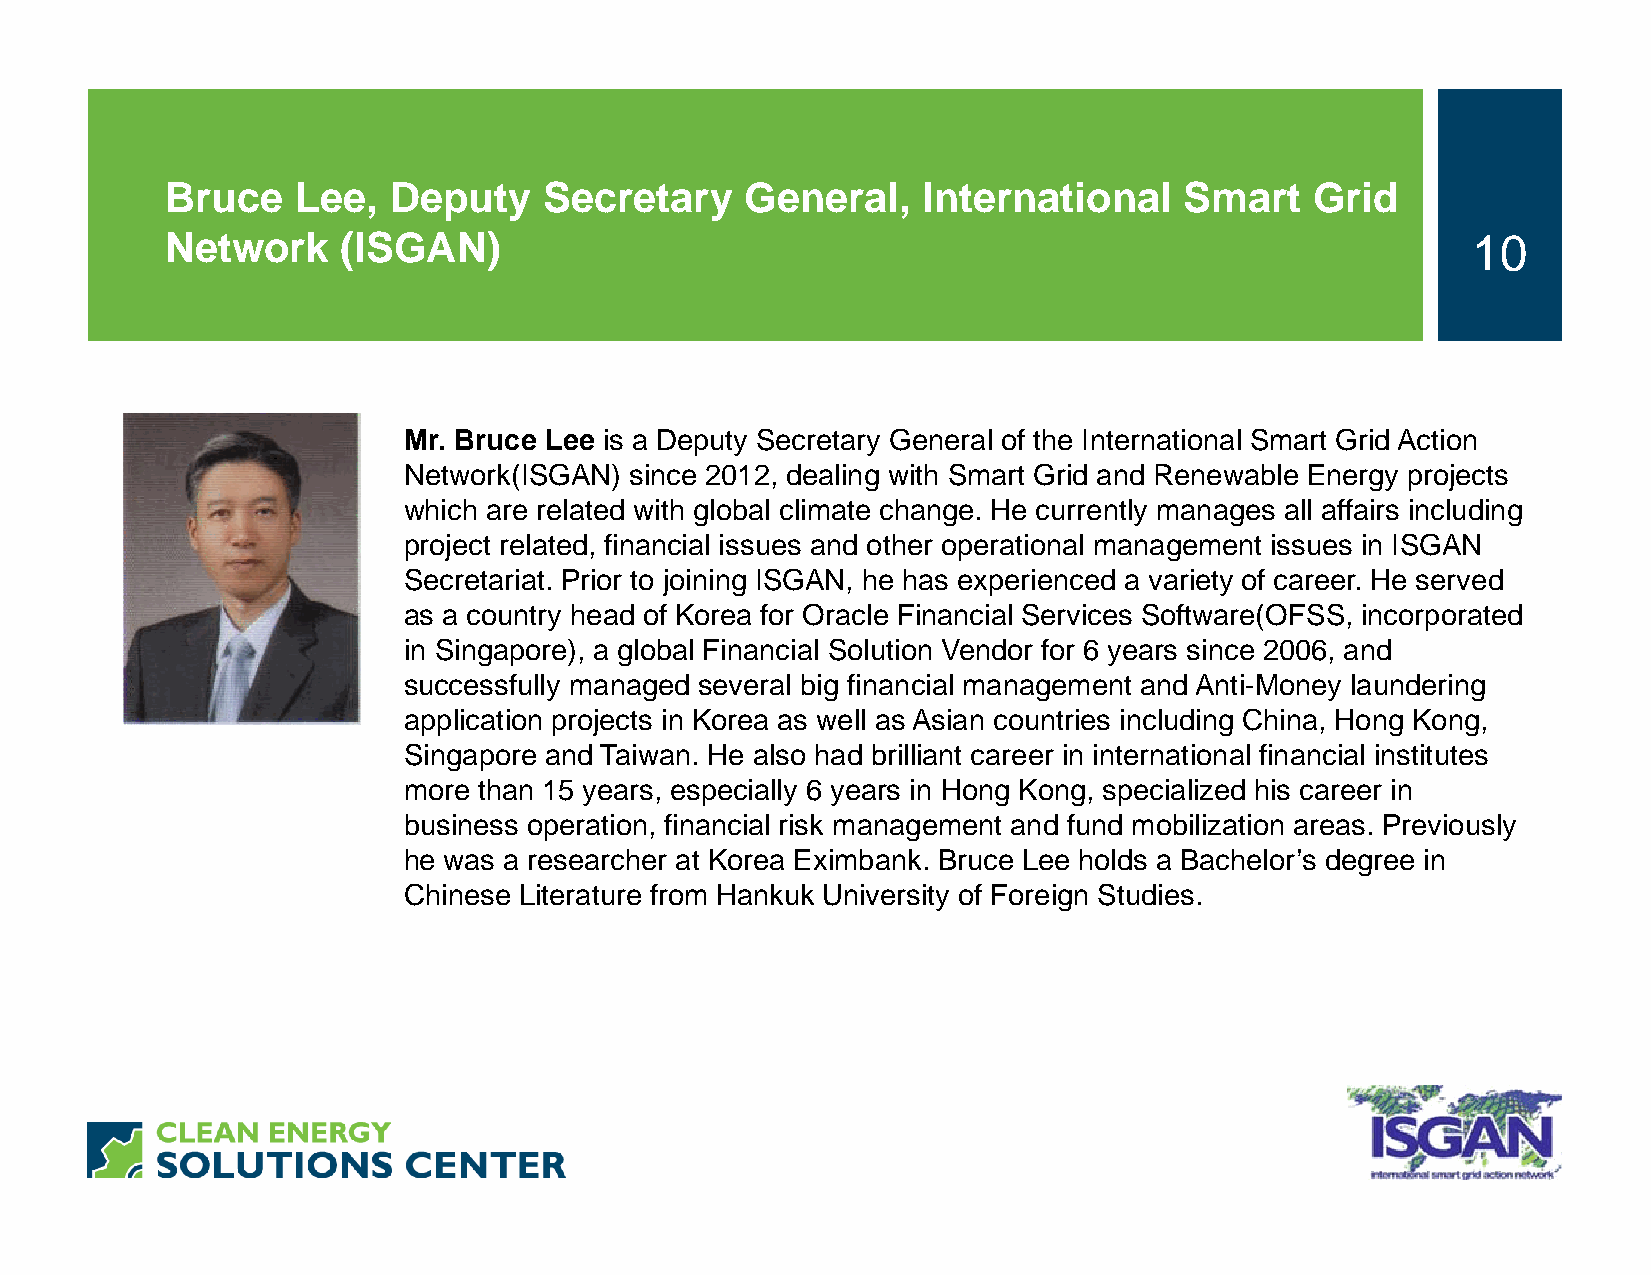
Bruce    Lee,  Deputy    Secretary    General,    International    Smart    Grid
 Network     (ISGAN)                                                                   10
 Mr. Bruce Lee is a Deputy Secretary General of the International Smart Grid Action
 Network(ISGAN) since 2012, dealing with Smart Grid and Renewable Energy projects
 which are related with global climate change. He currently manages all affairs including
 project related, financial issues and other operational management issues in ISGAN
 Secretariat. Prior to joining ISGAN, he has experienced a variety of career. He served
 as a country head of Korea for Oracle Financial Services Software(OFSS, incorporated
 in Singapore), a global Financial Solution Vendor for 6 years since 2006, and
 successfully managed several big financial management and Anti-Money laundering
 application projects in Korea as well as Asian countries including China, Hong Kong,
 Singapore and Taiwan. He also had brilliant career in international financial institutes
 more than 15 years, especially 6 years in Hong Kong, specialized his career in
 business operation, financial risk management and fund mobilization areas. Previously
 he was a researcher at Korea Eximbank. Bruce Lee holds a Bachelor’s degree in
 Chinese Literature from Hankuk University of Foreign Studies.